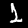
Label: 1